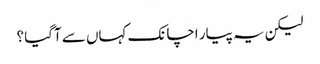
لیکن یہ پیار اچانک کہاں سے آگیا ؟